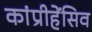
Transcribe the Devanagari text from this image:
कांप्रीहेंसिव